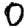
Digit: 0